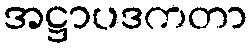
အဋ္ဌာပဒကတာ